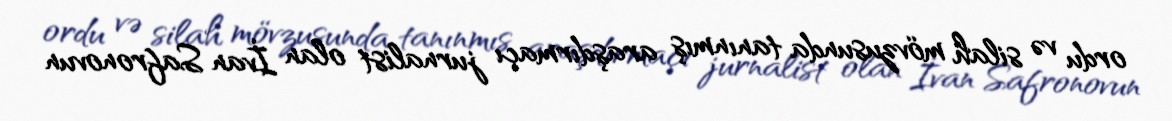
ordu və silah mövzusunda tanınmış araşdırmaçı jurnalist olan İvan Safronovun